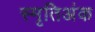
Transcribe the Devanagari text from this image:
स्मृतिअंक